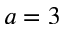
a = 3